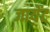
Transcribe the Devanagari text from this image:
जायेंट